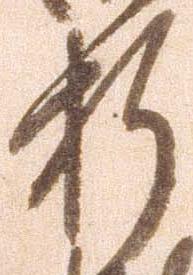
折